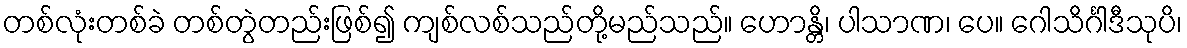
တစ်လုံးတစ်ခဲ တစ်တွဲတည်းဖြစ်၍ ကျစ်လစ်သည်တို့မည်သည်။ ဟောန္တိ၊ ပါသာဏ၊ ပေ။ ဂေါသိင်္ဂါဒီသုပိ၊